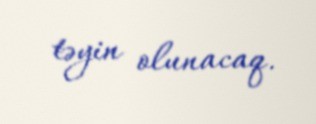
təyin olunacaq.